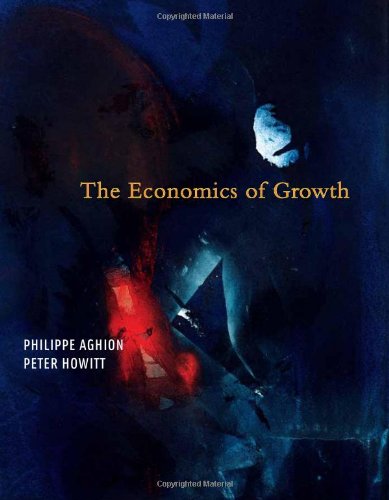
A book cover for The Economics of Growth; Philippe Aghion; Business & Money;